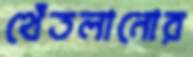
থেঁতলানোর